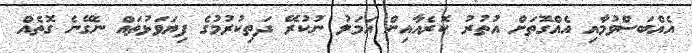
އެއްބަސްވުމާއި އެއްގޮތަށް އުތުރު ކޮރެއާއިން އަމަލު ނުކުރޭ ދަތިކުރުމުގެ ފިޔަވަޅުތައް ނެގޭނެ ގޮތެއް